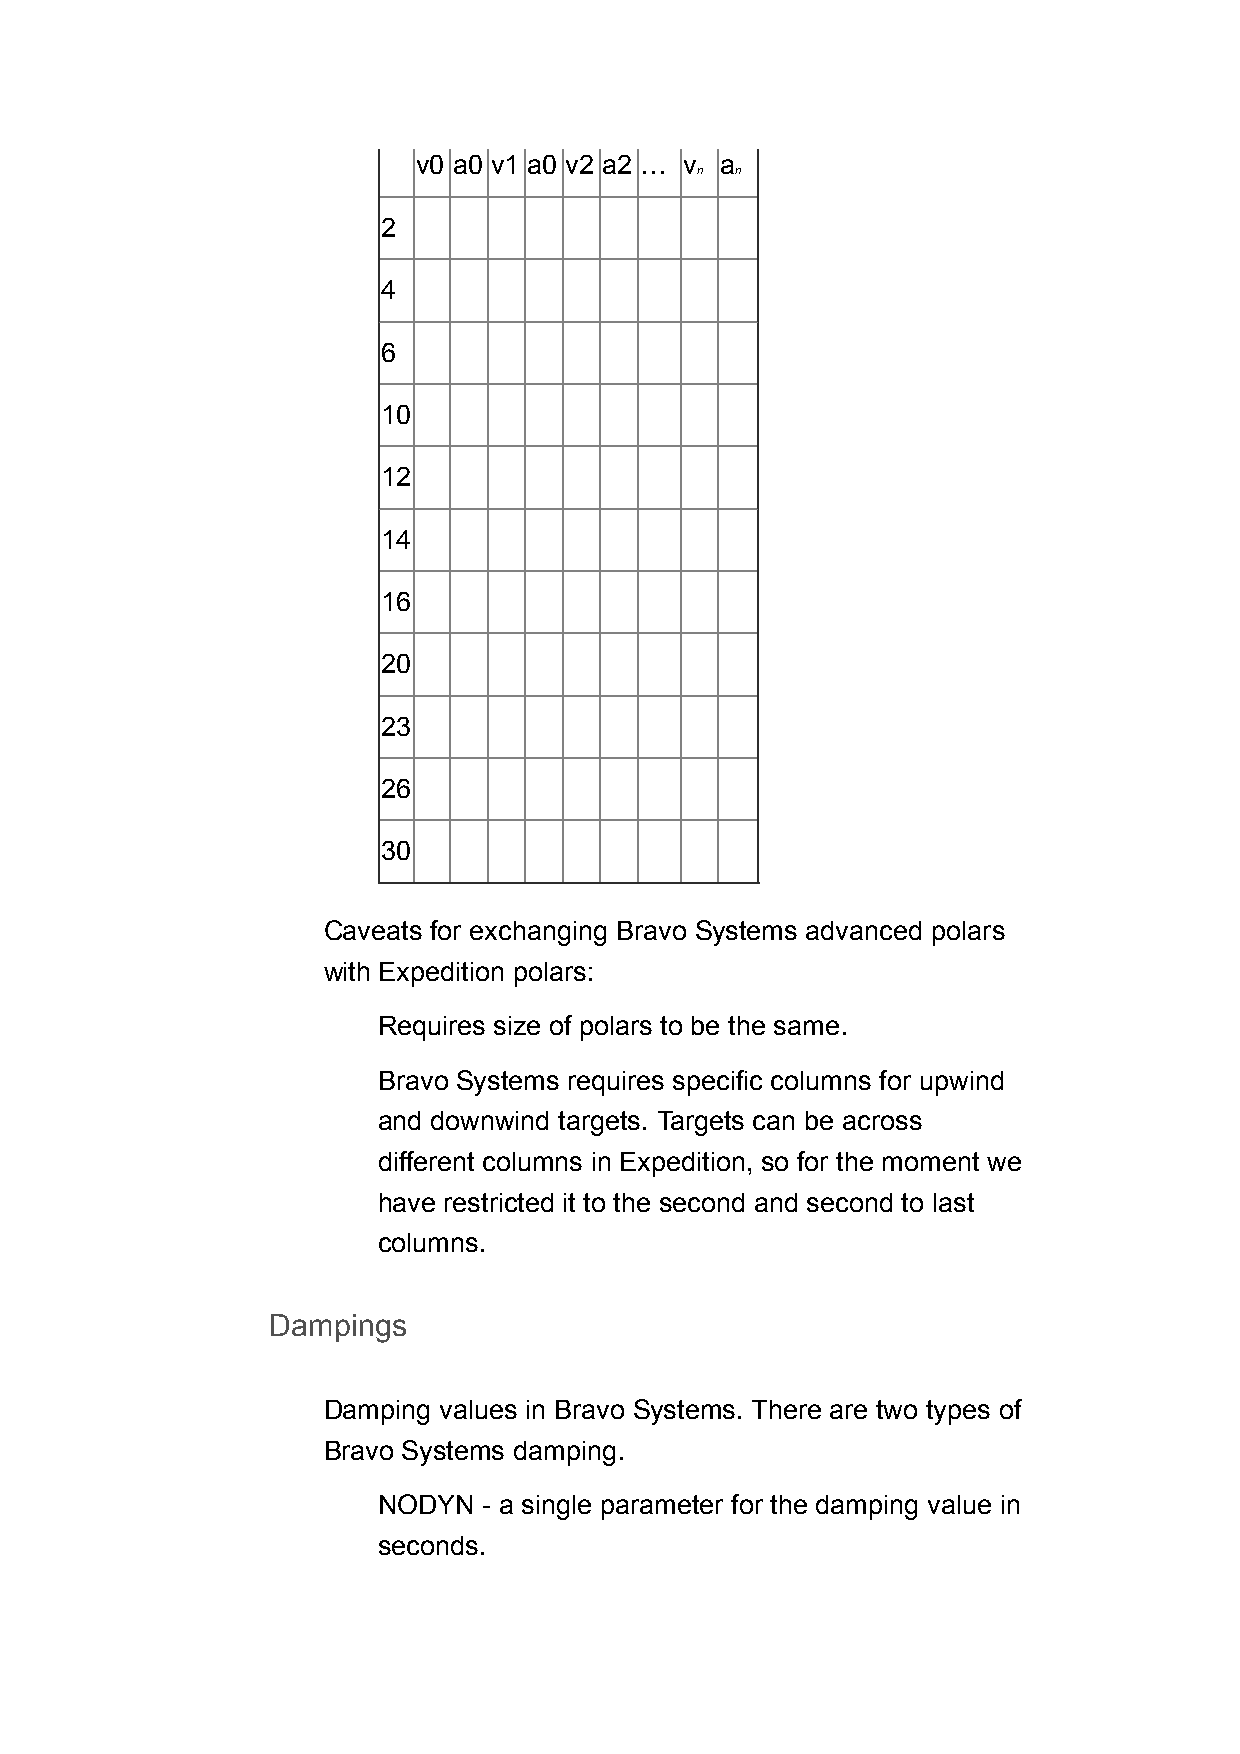
v0 a0 v1 a0 v2 a2 … v a
 n  n
 2
 4
 6
 10
 12
 14
 16
 20
 23
 26
 30
 Caveats for exchanging Bravo Systems advanced polars
 with Expedition polars:
 Requires size of polars to be the same.
 Bravo Systems requires specific columns for upwind
 and downwind targets. Targets can be across
 different columns in Expedition, so for the moment we
 have restricted it to the second and second to last
 columns.
 Dampings
 Damping values in Bravo Systems. There are two types of
 Bravo Systems damping.
 NODYN  - a single parameter for the damping value in
 seconds.